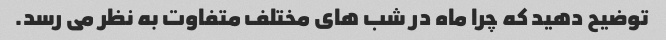
توضیح دهید که چرا ماه در شب های مختلف متفاوت به نظر می رسد.